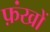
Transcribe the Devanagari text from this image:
फ़ंखों